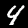
Label: 4